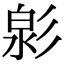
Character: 㣐